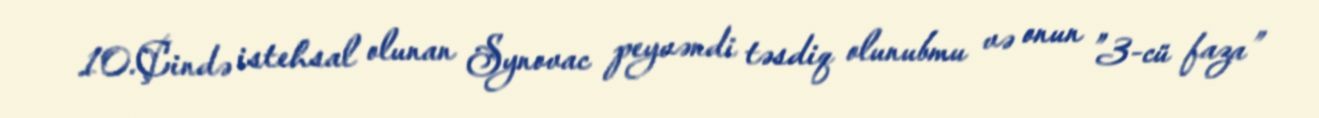
10.Çində istehsal olunan Synovac peyvəndi təsdiq olunubmu və onun ”3-cü faza”